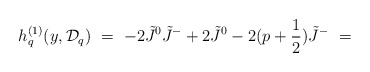
\begin{align*}h_q^{(1)}(y,{\cal D}_q)\ =\ -2\tilde J^0 \tilde J^- +2 \tilde J^0 - 2(p+\frac{1}{2}) \tilde J^- \ =\end{align*}